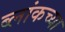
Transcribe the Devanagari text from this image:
ब्लांकच्या